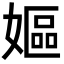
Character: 嫗